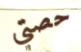
حصتي